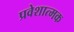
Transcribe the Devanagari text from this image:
प्रवेशात्मक